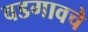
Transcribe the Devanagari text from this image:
वडगावचे